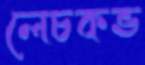
লেচকভ